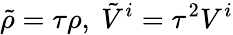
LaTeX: \tilde{\rho}=\tau\rho,~\tilde{V}^{i}=\tau^{2}V^{i}